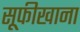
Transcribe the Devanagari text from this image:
सूफीखाना